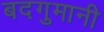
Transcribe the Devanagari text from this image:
बदगुमानी